Enquiry on enteric fever in India - Number 32
Disease focus: Fever
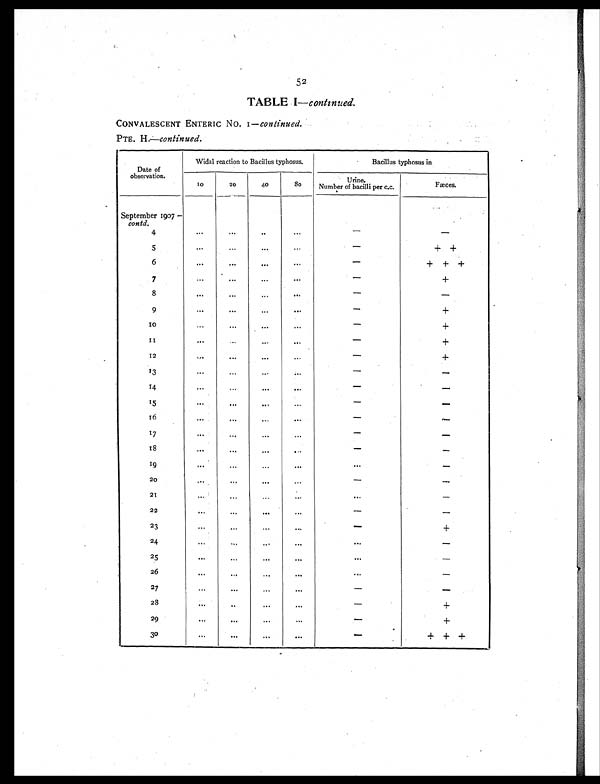
52
TABLE I— continued.
CONVALESCENT ENTERIC No. 1— continued.
PTE. H.—continued.
Date of
observation.
Widal reaction to Bacillus typhosus.
Bacillus typhosus in
10
20
40
80
Urine.
Number of bacilli per c.c.
Fæces.
September 1907—
contd.
.
4
. . .
. . .
. . .
. . .
-
-
5
...
...
. . .
...
-
+ +
6
. . .
. . .
. . .
. . .
-
+ + +
7
...
...
...
. . .
-
+
8
. . .
. . .
...
. . .
-
-
9
...
...
...
. . .
-
+
1 0
...
. . .
. . .
. . .
-
+
1 1
. . .
...
...
. . .
-
+
12
. . .
. . .
. . .
...
-
+
13
...
...
. . .
. . .
-
-
14
. . .
...
. . .
. . .
-
-
15
. . .
. . .
. . .
...
-
-
1 6
. . .
. . .
. . .
. . .
-
-
17
...
. . .
. . .
. . .
-
-
18
. . . ...
. . .
. . .
-
-
19
. . .
. . .
. . .
. . .
. . .
-
2 0
. . .
. . .
. . .
...
-
-
21
...
. . .
. . .
. . .
. . .
-
2 2
...
...
. . .
. . .
-
-
23
...
...
. . .
. . .
-
+
24
...
. . .
. . .
. . .
...
-
25
. . .
. . .
. . .
...
. . .
-
26
...
...
. . .
. . .
...
-
2 7
. . . ...
. . .
. . .
-
-
28
. . .
. . .
. . .
. . .
-
+
29
...
. . .
. . .
...
-
+
30
. . .
. . .
. . .
. . .
-
+ + +